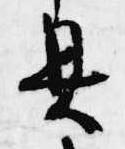
具